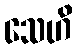
သေဟိ